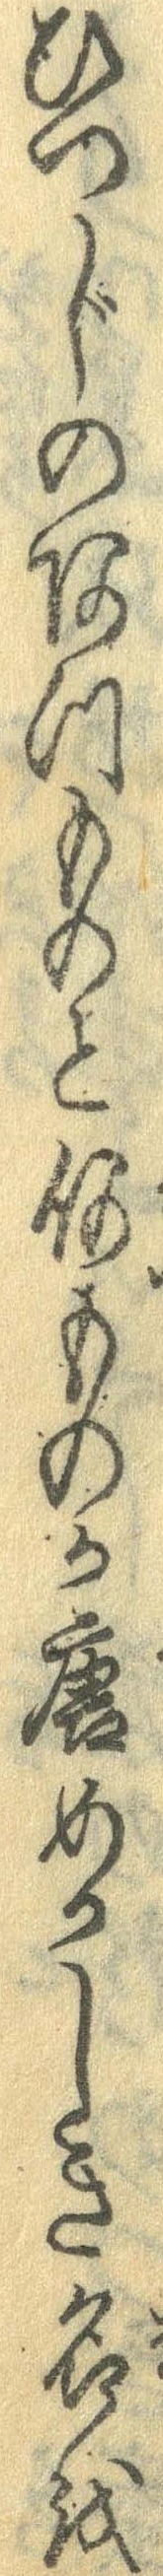
ひつじのあつものと何ものか唐めかしき名を